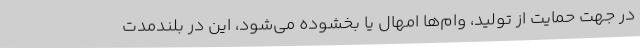
در جهت حمایت از تولید، وام‌ها امهال یا بخشوده می‌شود، این در بلندمدت